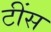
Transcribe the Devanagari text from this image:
टींस